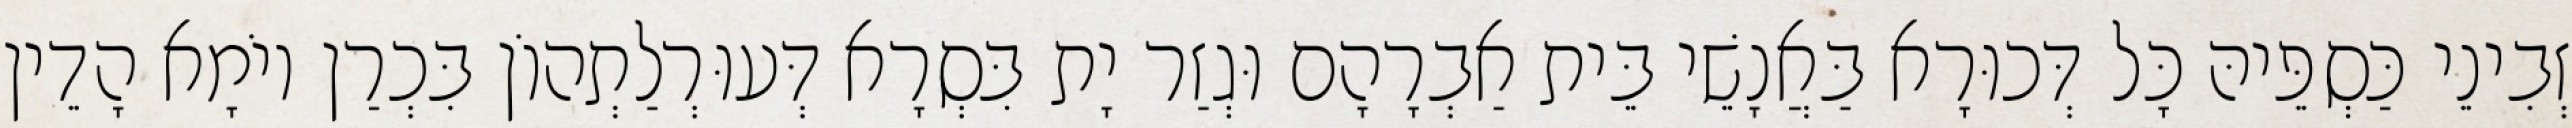
זְבִינֵי כַּסְפֵּיהּ כָּל דְּכוּרָא בַּאֲנָשֵׁי בֵּית אַבְרָהָם וּגְזַר יָת בִּסְרָא דְּעוּרְלַתְהוֹן בִּכְרַן יוֹמָא הָדֵין